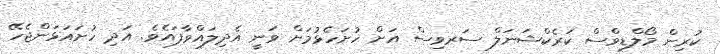
ކުރިން މޯލްޑިވްސް ކަރެކްޝަނަލް ސަރވިސް އަށް ހުށަހެޅުމަށް ވަނީ އެދިލައްވާފައެވެ. އަދި ހުށައަޅަންޖެހޭ